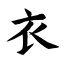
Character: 衣